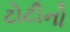
ટોટીનો